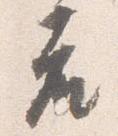
座